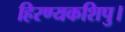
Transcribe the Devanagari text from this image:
हिरण्यकशिपु।